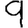
Digit: 9